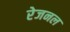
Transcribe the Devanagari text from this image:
रेजनल